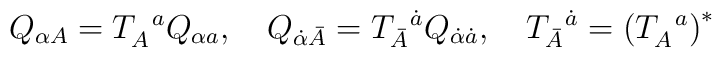
Q_{\alpha A}=T_A^{\,\,\,\,a}Q_{\alpha a},\quad Q_{\dot{\alpha}\bar{A}}=T_{\bar{A}}^{\,\,\,\,\dot{a}}Q_{\dot{\alpha}\dot{a}},\quad T_{\bar{A}}^{\,\,\,\,\dot{a}}=\left( T_A^{\,\,\,\,a}\right) ^{*}